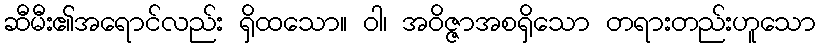
ဆီမီး၏အရောင်လည်း ရှိထသော။ ဝါ၊ အဝိဇ္ဇာအစရှိသော တရားတည်းဟူသော